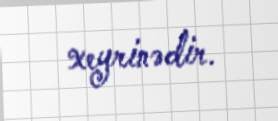
xeyrinədir.